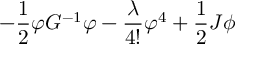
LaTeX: - \frac { 1 } { 2 } \varphi G ^ { - 1 } \varphi - \frac { \lambda } { 4 ! } \varphi ^ { 4 } + \frac { 1 } { 2 } J \phi